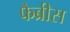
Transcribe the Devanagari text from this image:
फैब्रीस